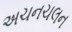
અચનચલન